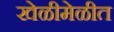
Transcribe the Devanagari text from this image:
खेळीमेळीत